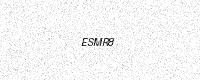
Text: ESMR8